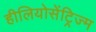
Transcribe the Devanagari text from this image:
हीलियोसेंट्रिज्म